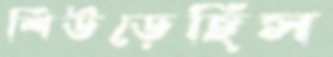
শিউড়েছিস